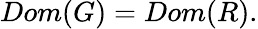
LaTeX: Dom(G)=Dom(R).